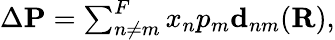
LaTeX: \begin{array}{r}{\Delta\mathbf{P}=\sum_{n\neq m}^{F}x_{n}p_{m}\mathbf{d}_{nm}(\mathbf{R}),}\end{array}